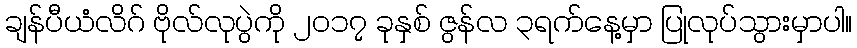
ချန်ပီယံလိဂ် ဗိုလ်လုပွဲကို ၂၀၁၇ ခုနှစ် ဇွန်လ ၃ရက်နေ့မှာ ပြုလုပ်သွားမှာပါ။